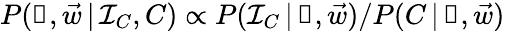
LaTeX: P(\boldsymbol\uprho,\vec{w}\, |\, \mathcal I_{C},C)\propto P(\mathcal I_{C}\, |\, \boldsymbol\uprho,\vec{w})/P(C\, |\, \boldsymbol\uprho,\vec{w})